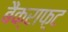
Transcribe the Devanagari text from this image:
बैंक्राफ़्ट